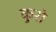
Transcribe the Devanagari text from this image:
कुरो